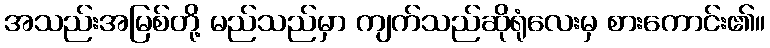
အသည်းအမြစ်တို့ မည်သည်မှာ ကျက်သည်ဆိုရုံလေးမှ စားကောင်း၏။